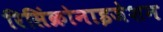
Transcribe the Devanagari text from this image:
रिसिंक्रोनाइजेशन